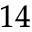
_ { 1 4 }